Indian journal of veterinary science and animal husbandry - Volumes 24-25, 1954-1955
Year: 1954
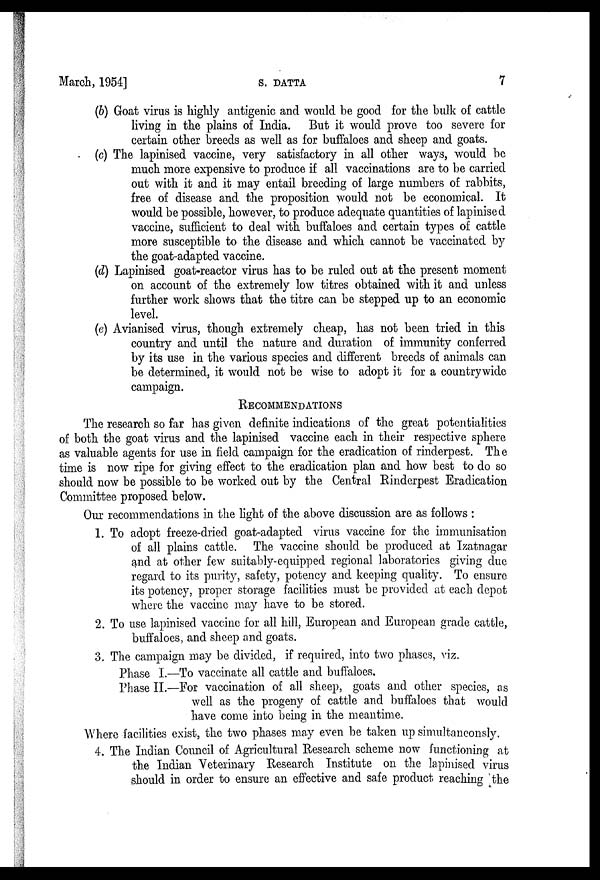
March, 1954]
S.
DATTA
7
(b) Goat virus is highly antigenic and would be good for the bulk of cattle
living in the plains of India. But it would prove too severe for
certain other breeds as well as for buffaloes and sheep and goats.
(c) The lapinised vaccine, very satisfactory in all other ways, would be
much more expensive to produce if all vaccinations are to be carried
out with it and it may entail breeding of large numbers of rabbits,
free of disease and the proposition would not be economical. It
would be possible, however, to produce adequate quantities of lapinised
vaccine, sufficient to deal with buffaloes and certain types of cattle
more susceptible to the disease and which cannot be vaccinated by
the goat-adapted vaccine.
(d) Lapinised goat-reactor virus has to be ruled out at the present moment
on account of the extremely low titres obtained with it and unless
further work shows that the titre can be stepped up to an economic
level.
(e) Avianised virus, though extremely cheap, has not been tried in this
country and until the nature and duration of immunity conferred
by its use in the various species and different breeds of animals can
be determined, it would not be wise to adopt it for a countrywide
campaign.
RECOMMENDATIONS
The research so far has given definite indications of the great potentialities
of both the goat virus and the lapinised vaccine each in their respective sphere
as valuable agents for use in field campaign for the eradication of rinderpest. The
time is now ripe for giving effect to the eradication plan and how best to do so
should now be possible to be worked out by the Central Rinderpest Eradication
Committee proposed below.
Our recommendations in the light of the above discussion are as follows :
1. To adopt freeze-dried goat-adapted virus vaccine for the immunisation
of all plains cattle. The vaccine should be produced at Izatnagar
and at other few suitably-equipped regional laboratories giving due
regard to its purity, safety, potency and keeping quality. To ensure
its potency, proper storage facilities must be provided at each depot
where the vaccine may have to be stored.
2. To use lapinised vaccine for all hill, European and European grade cattle,
buffaloes, and sheep and goats.
3. The campaign may be divided, if required, into two phases, viz.
Phase I.—To vaccinate all cattle and buffaloes.
Phase II.—For vaccination of all sheep, goats and other species, as
well as the progeny of cattle and buffaloes that would
have come into being in the meantime.
Where facilities exist, the two phases may even be taken up simultaneonsly.
4. The Indian Council of Agricultural Research scheme now functioning at
the Indian Veterinary Research Institute on the lapinised virus
should in order to ensure an effective and safe product reaching the